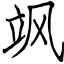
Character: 飒